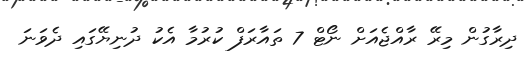
ދިރާގުން މިރޭ ރާއްޖެއަށް ނޯޓް 7 ތައާރަފް ކުރުމާ އެކު ދުނިޔޭގައި ދެވަނަ